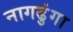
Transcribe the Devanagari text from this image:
नागढुंगा